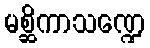
မစ္ဆိကာသဏ္ဍေ